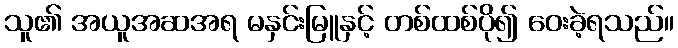
သူ၏ အယူအဆအရ မနှင်းမြူနှင့် တစ်ထစ်ပို၍ ဝေးခဲ့ရသည်။